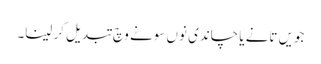
جویں تانے یا چاندی نوں سونے وچ تبدیل کر لینا۔